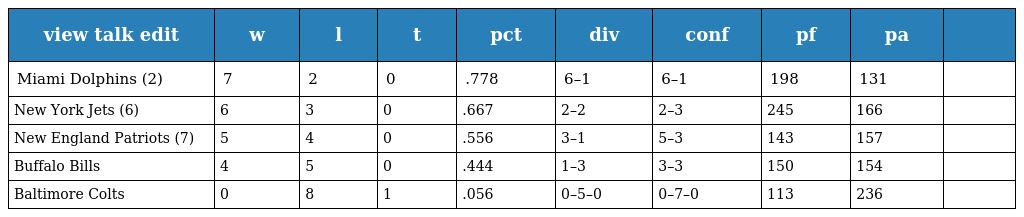
| view talk edit | w | l | t | pct | div | conf | pf | pa |  |
 | --- | --- | --- | --- | --- | --- | --- | --- | --- | --- |
 | Miami Dolphins (2) | 7 | 2 | 0 | .778 | 6–1 | 6–1 | 198 | 131 |  |
 | New York Jets (6) | 6 | 3 | 0 | .667 | 2–2 | 2–3 | 245 | 166 |  |
 | New England Patriots (7) | 5 | 4 | 0 | .556 | 3–1 | 5–3 | 143 | 157 |  |
 | Buffalo Bills | 4 | 5 | 0 | .444 | 1–3 | 3–3 | 150 | 154 |  |
 | Baltimore Colts | 0 | 8 | 1 | .056 | 0–5–0 | 0–7–0 | 113 | 236 |  |